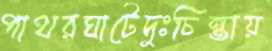
পাথরঘাটেদুঃচিন্তায়